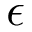
\epsilon